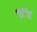
જાજા